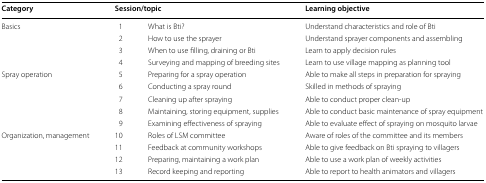
| Category | <COLSPAN=2> Session/topic | Learning objective |
 | --- | --- | --- | --- |
 | Basics | 1 | What is Bti? | Understand characteristics and role of Bti |
 |  | 2 | How to use the sprayer | Understand sprayer components and assembling |
 |  | 3 | When to use filling, draining or Bti | Learn to apply decision rules |
 |  | 4 | Surveying and mapping of breeding sites | Learn to use village mapping as planning tool |
 | <ROWSPAN=2> Spray operation | 5 | Preparing for a spray operation | Able to make all steps in preparation for spraying |
 | 6 | Conducting a spray round | Skilled in methods of spraying |
 |  | 7 | Cleaning up after spraying | Able to conduct proper clean-up |
 |  | 8 | Maintaining, storing equipment, supplies | Able to conduct basic maintenance of spray equipment |
 |  | 9 | Examining effectiveness of spraying | Able to evaluate effect of spraying on mosquito larvae |
 | <ROWSPAN=3> Organization, management | 10 | Roles of LSM committee | Aware of roles of the committee and its members |
 | 11 | Feedback at community workshops | Able to give feedback on Bti spraying to villagers |
 | 12 | Preparing, maintaining a work plan | Able to use a work plan of weekly activities |
 |  | 13 | Record keeping and reporting | Able to report to health animators and villagers |